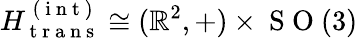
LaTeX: H_{\mathrm{~t~r~a~n~s~}}^{\mathrm{~(~i~n~t~)~}}\cong(\mathbb{R}^{2},+)\times\mathrm{~S~O~}(3)